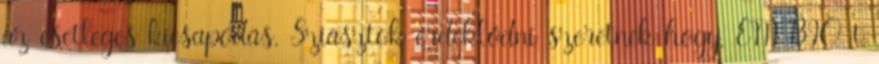
az esetleges kicsapódás. Sziasztok érdeklődni szeretnék hogy, EM BIO-t